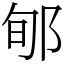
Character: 郇